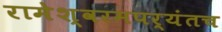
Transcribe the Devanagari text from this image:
रामेश्वरमपर्यंतच